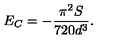
E _ { C } = - \frac { \pi ^ { 2 } S } { 7 2 0 d ^ { 3 } } .